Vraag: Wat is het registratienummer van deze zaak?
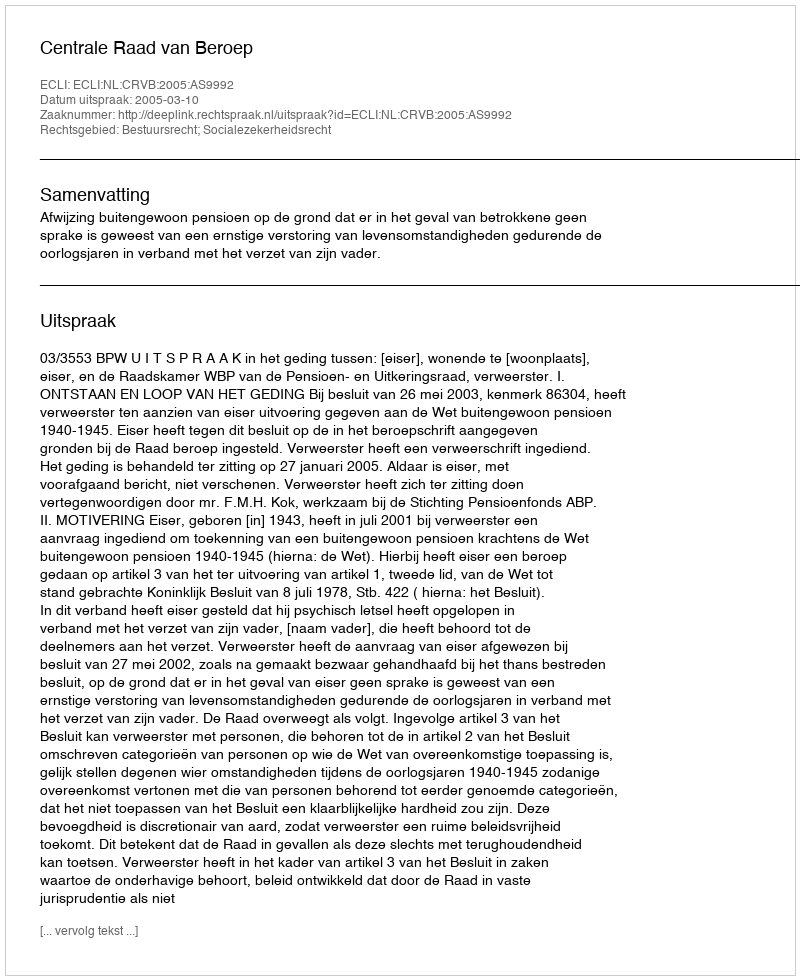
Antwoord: http://deeplink.rechtspraak.nl/uitspraak?id=ECLI:NL:CRVB:2005:AS9992